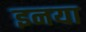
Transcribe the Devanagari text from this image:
इनया